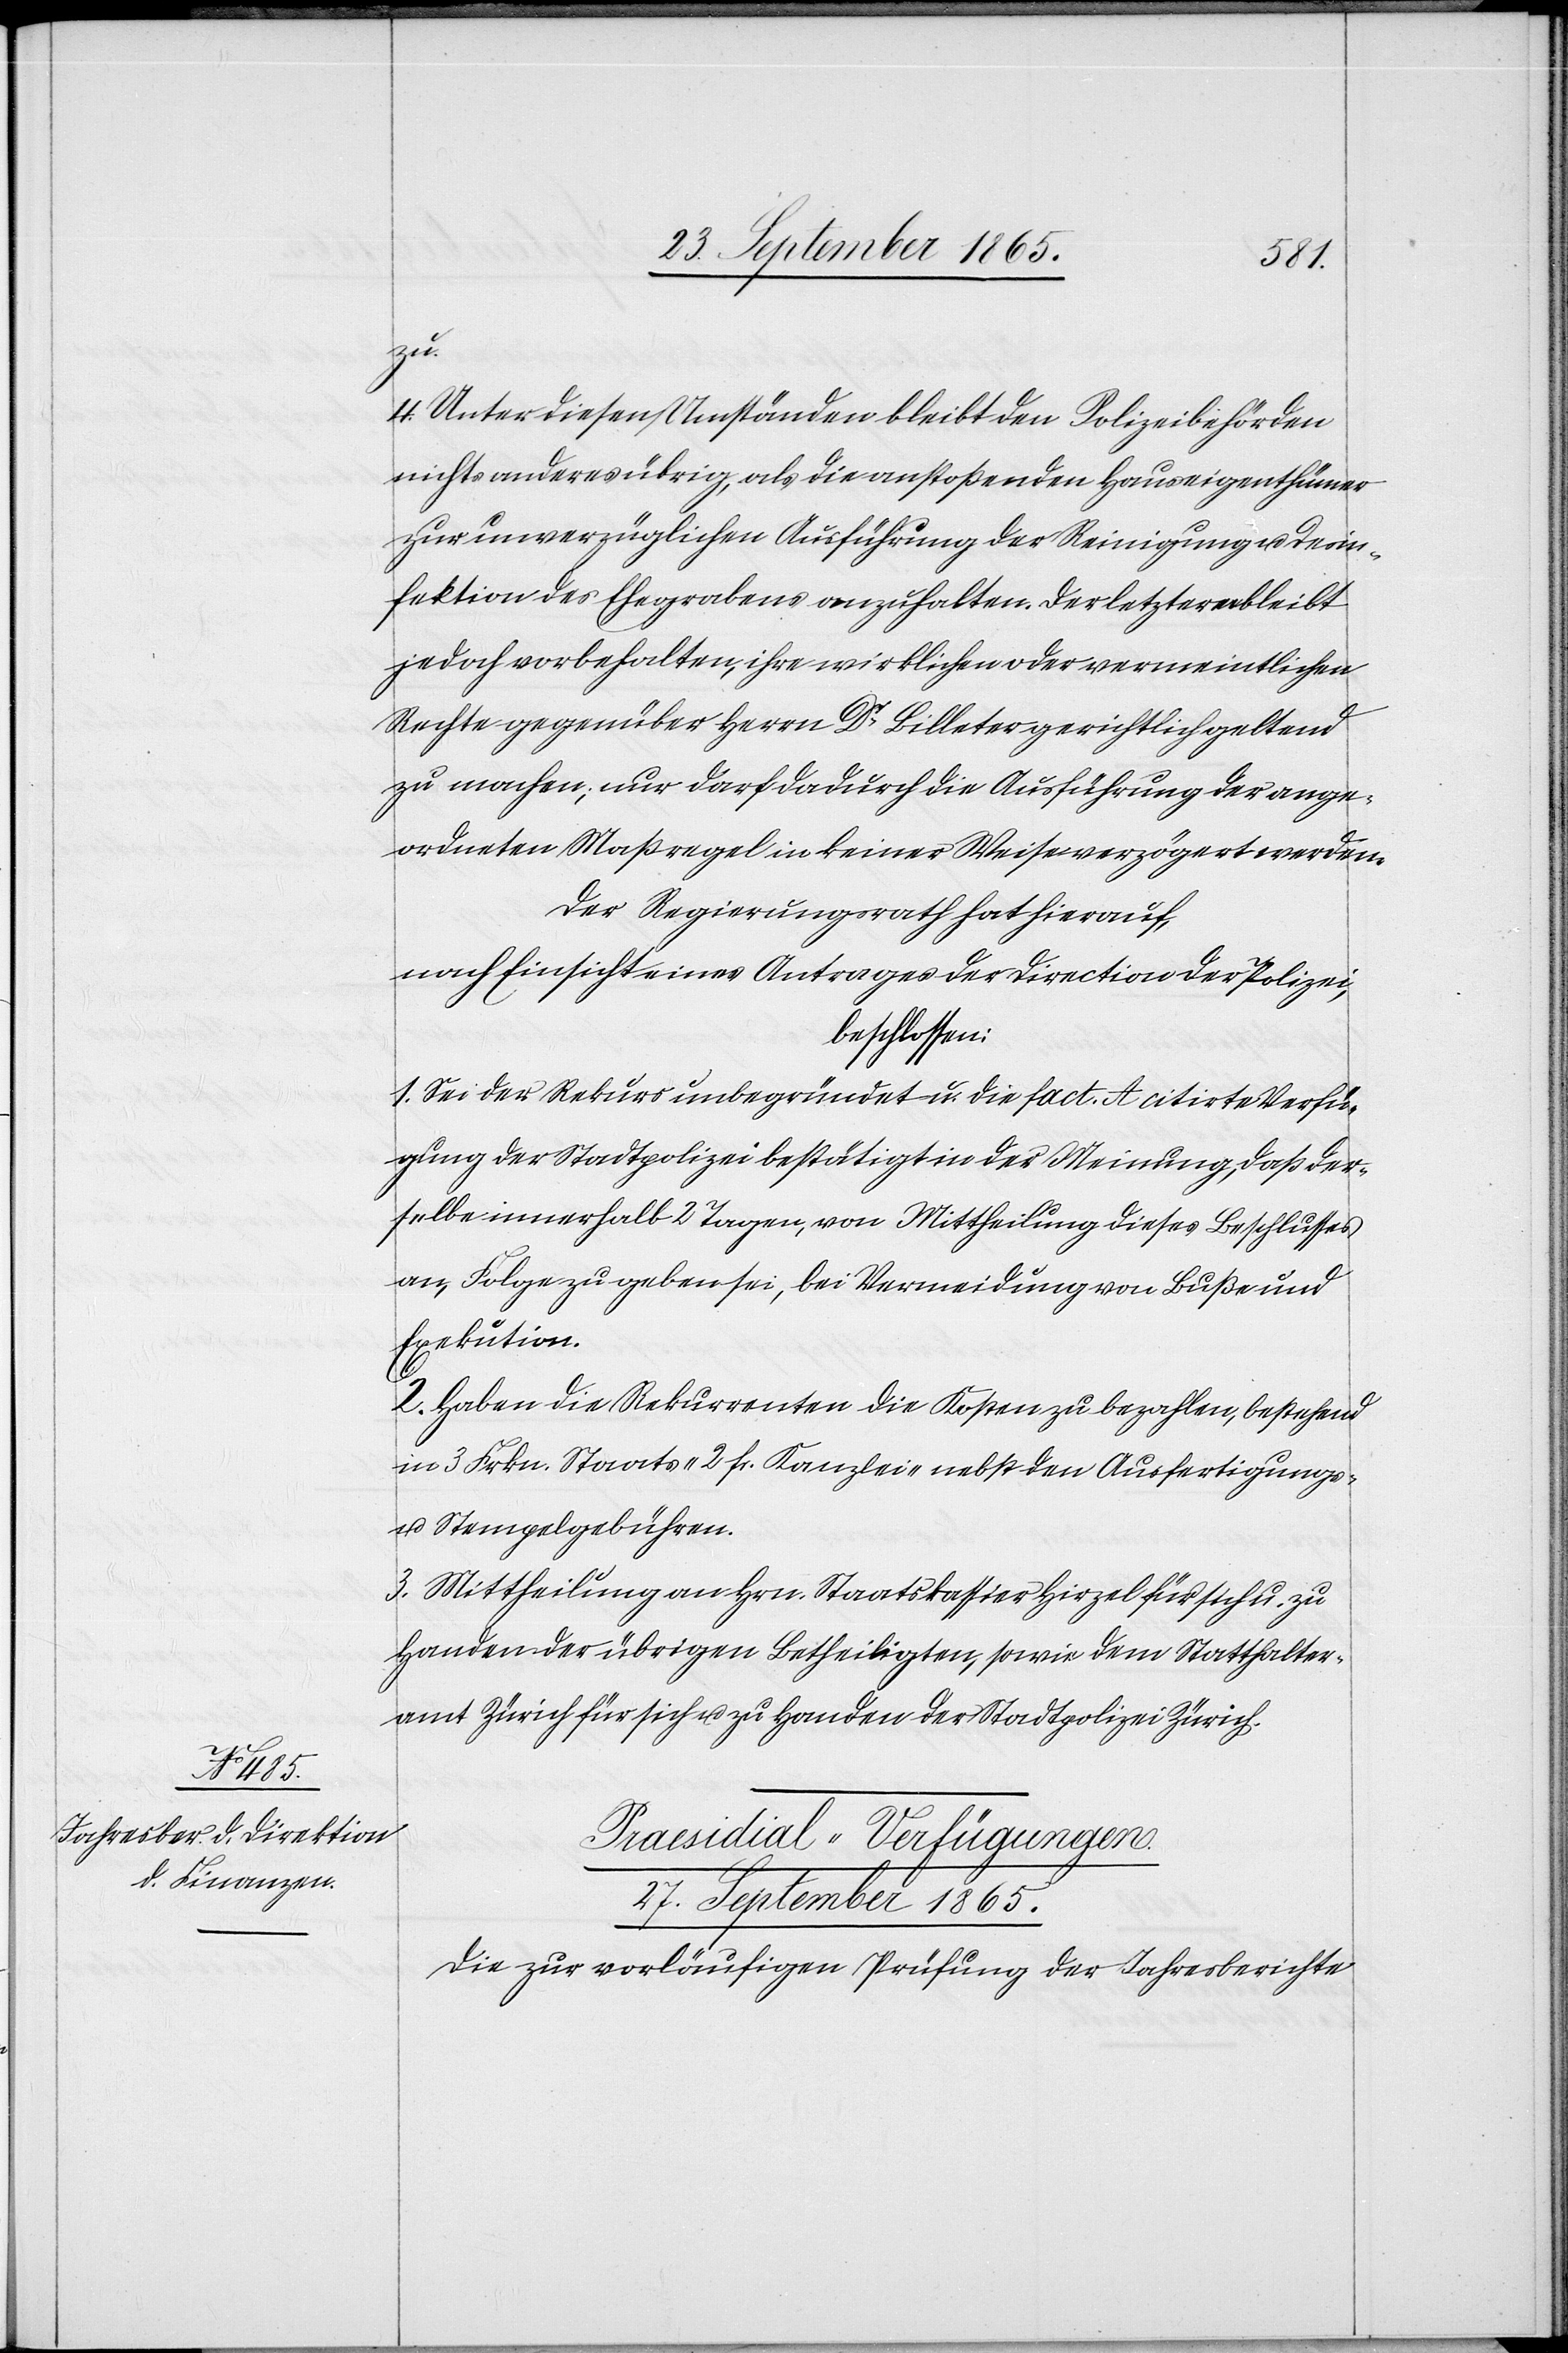
zu.
4. Unter diesen Umständen bleibt den Polizeibehörden
nichts anderes übrig, als die anstoßenden Hauseigenthümer
zur unverzüglichen Ausführung der Reinigung u. Desin¬
fektion des Ehegrabens anzuhalten. Der letzteren bleibt
jedoch vorbehalten, ihre wirklichen oder vermeintlichen
Rechte gegenüber Herrn Dr Billeter gerichtlich geltend
zu machen; nur darf dadurch die Ausführung der ange¬
ordneten Maßregel in keiner Weise verzögert werden.
Der Regierungsrath hat hierauf,
nach Einsicht eines Antrages der Direction der Polizei,
beschlossen:
1. Sei der Rekurs unbegründet u. die fact. A citirte Verfü¬
gung der Stadtpolizei bestätigt in der Meinung, daß der¬
selbe innerhalb 2 Tagen, von Mittheilung dieses Beschlusses
an, Folge zu geben sei, bei Vermeidung von Buße und
Exekution.
2. Haben die Rekurrenten die Kosten zu bezahlen, bestehend
in 3 Frkn. Staats-[,] 2 fr. Kanzlei- nebst den Ausfertigungs-
u. Stempelgebühren.
3. Mittheilung an Hrn. Staatskassier Hirzel für sich u. zu
Handen der übrigen Betheiligten, sowie dem Statthalter¬
amt Zürich für sich u. zu Handen der Stadtpolizei Zürich.
Praesidial-Verfügungen.
27. September 1865.
Die zur vorläufigen Prüfung der Jahresberichte